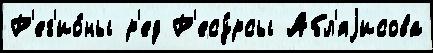
Р'ег'ио́ны р'ед Р'есу́рсы Абл'яjисова